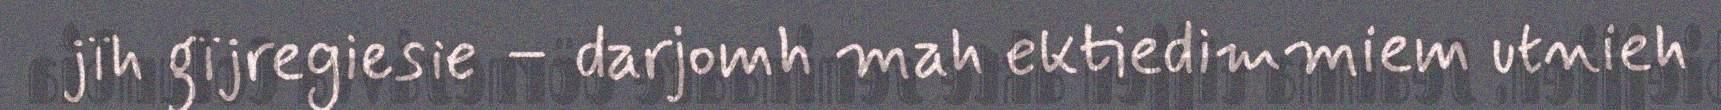
jïh gïjregiesie – darjomh mah ektiedimmiem utnieh